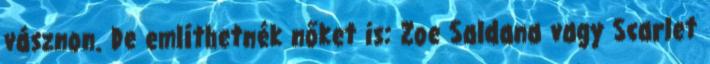
vásznon. De említhetnék nőket is: Zoe Saldana vagy Scarlet